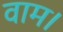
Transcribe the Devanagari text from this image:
वाम।